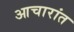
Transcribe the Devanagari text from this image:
आचारांत